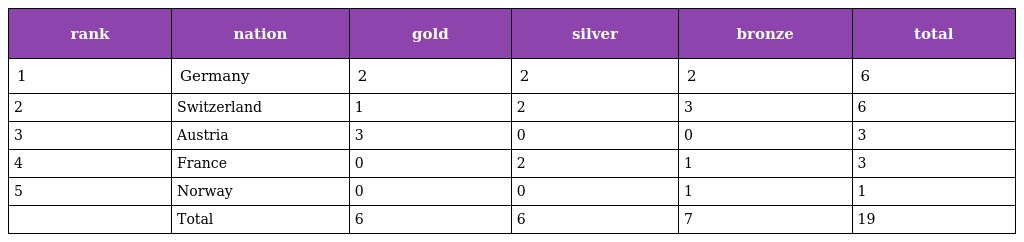
| rank | nation | gold | silver | bronze | total |
 | --- | --- | --- | --- | --- | --- |
 | 1 | Germany | 2 | 2 | 2 | 6 |
 | 2 | Switzerland | 1 | 2 | 3 | 6 |
 | 3 | Austria | 3 | 0 | 0 | 3 |
 | 4 | France | 0 | 2 | 1 | 3 |
 | 5 | Norway | 0 | 0 | 1 | 1 |
 |  | Total | 6 | 6 | 7 | 19 |